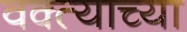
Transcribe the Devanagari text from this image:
वक्त्याच्या